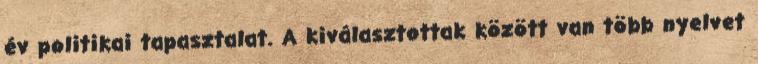
év politikai tapasztalat. A kiválasztottak között van több nyelvet